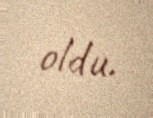
oldu.